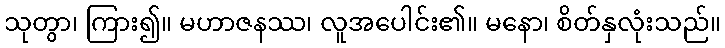
သုတွာ၊ ကြား၍။ မဟာဇနဿ၊ လူအပေါင်း၏။ မနော၊ စိတ်နှလုံးသည်။